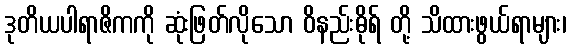
ဒုတိယပါရာဇိကကို ဆုံးဖြတ်လိုသော ဝိနည်းဓိုရ် တို့ သိထားဖွယ်ရာများ၊